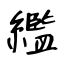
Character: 繿